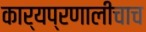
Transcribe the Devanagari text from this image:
कार्यप्रणालीचाच